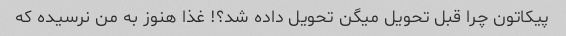
پیکاتون چرا قبل تحویل میگن تحویل داده شد؟! غذا هنوز به من نرسیده که